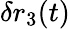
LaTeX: \delta r_{3}(t)